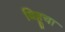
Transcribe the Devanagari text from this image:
बिहूचा